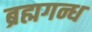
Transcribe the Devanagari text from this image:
ब्रह्मगन्ध